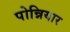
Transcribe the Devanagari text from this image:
पोन्नियार